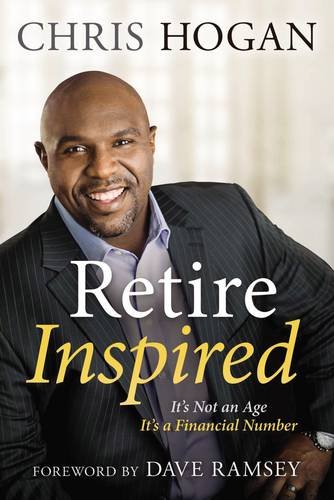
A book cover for Retire Inspired: It's Not an Age, It's a Financial Number; Chris Hogan; Business & Money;